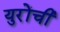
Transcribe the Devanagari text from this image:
युरोंची